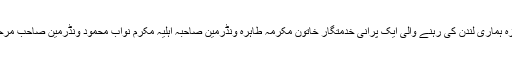
دوسرا جنازہ ہماری لندن کی رہنے والی ایک پرانی خدمتگار خاتون مکرمہ طاہرہ ونڈرمین صاحبہ اہلیہ مکرم نواب محمود ونڈرمین صاحب مرحوم کا ہے۔